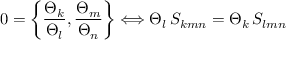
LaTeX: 0 = \left\{ { \frac { \Theta _ { k } } { \Theta _ { l } } } , { \frac { \Theta _ { m } } { \Theta _ { n } } } \right\} \Longleftrightarrow \Theta _ { l } \, S _ { k m n } = \Theta _ { k } \, S _ { l m n }